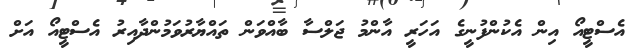
އެސްޓީއޯ އިން އެކުންފުނީގެ އަހަރީ އާންމު ޖަލްސާ ބާއްވަން ތައްޔާރުވަމުންދާއިރު އެސްޓީއޯ އަށް